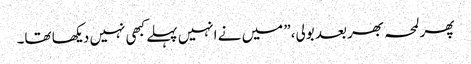
پھر لمحہ بھر بعد بولی،” میں نے انہیں پہلے کبھی نہیں دیکھا تھا۔